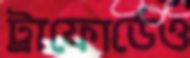
ট্রাফোর্ডেও